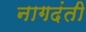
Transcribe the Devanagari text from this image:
नागदंती